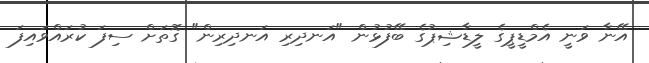
އޭނާ ވަނީ އެމްޑީޕީގެ ލީޑާޝިޕުގެ ބޭފުޅުން "އަނދިރި އަނދިރިން" ގޮތަށް ސިފަ ކުރައްވައިފަ